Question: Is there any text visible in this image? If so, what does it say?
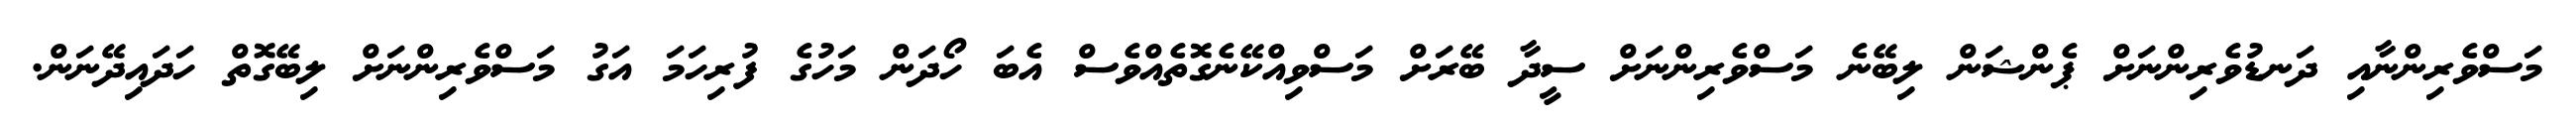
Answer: މަސްވެރިންނާއި ދަނޑުވެރިންނަށް ޕެންޝަން ލިބޭނެ މަސްވެރިންނަށް ސީދާ ބޭރަށް މަސްވިއްކޭނެގޮތެއްވެސް އެބަ ހޯދަން މަހުގެ ފުރިހަމަ އަގު މަސްވެރިންނަށް ލިބޭގޮތް ހަދައިދޭނަން.